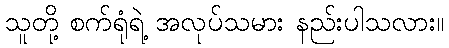
သူတို့ စက်ရုံရဲ့ အလုပ်သမား နည်းပါသလား။